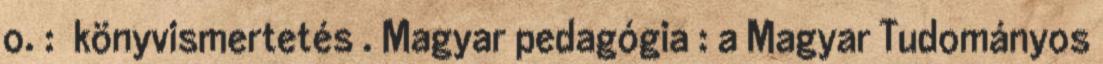
o. : könyvismertetés . Magyar pedagógia : a Magyar Tudományos